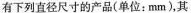
有下列直径尺寸的产品(单位：mm)，其